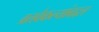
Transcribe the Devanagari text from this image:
व्रतवैकल्यांबद्दल